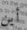
أين